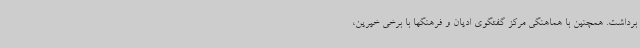
برداشت. همچنین با هماهنگی مرکز گفتگوی ادیان و فرهنگها با برخی خیرین،